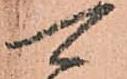
可